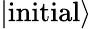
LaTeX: |\mathrm{initial}\rangle